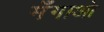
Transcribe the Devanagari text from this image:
मँगाओ